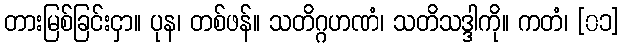
တားမြစ်ခြင်းငှာ။ ပုန၊ တစ်ဖန်။ သတိဂ္ဂဟဏံ၊ သတိသဒ္ဒါကို။ ကတံ၊ [၀၁]